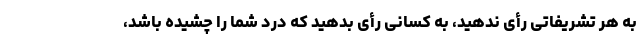
به هر تشریفاتی رأی ندهید، به کسانی رأی بدهید که درد شما را چشیده باشد،